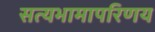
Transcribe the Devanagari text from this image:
सत्यभामापरिणय